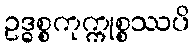
ဥဒ္ဓစ္စကုက္ကုစ္စဿပိ